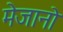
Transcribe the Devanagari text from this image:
मेजानो